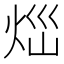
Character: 𤇱